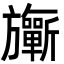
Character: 𣄨